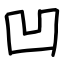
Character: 凹